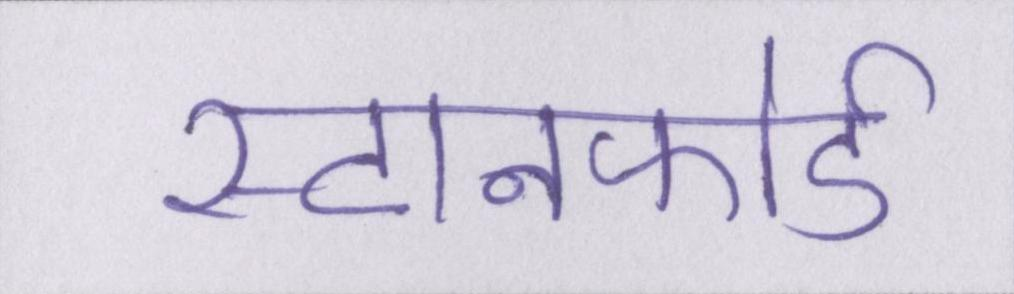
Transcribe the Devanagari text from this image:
स्टानफोर्ड